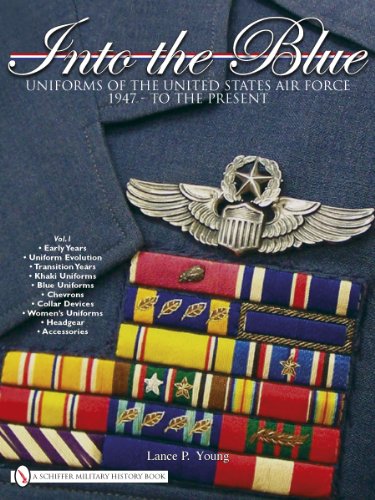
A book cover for Into the Blue:  Uniforms of the United States Air Force 1947 - to the Present  Vol.1; Lance P. Young; History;